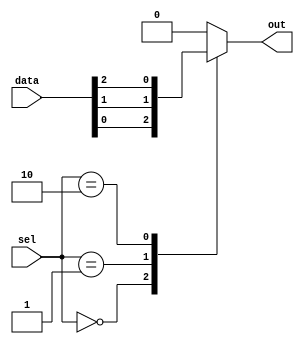
module mux64to1 (
    input [63:0] data,
    input [5:0] sel, 
    output reg out
);

always @*
begin
    case(sel)
        6'b000000: out = data[0];
        6'b000001: out = data[1];
        6'b000010: out = data[2];
        // Add cases for all 64 input data lines
        default: out = 0; // Default case
    endcase
end

endmodule